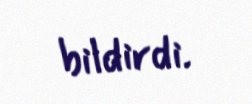
bildirdi.